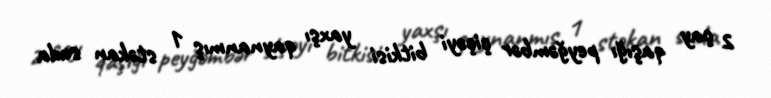
2 çay qaşığı peyğəmbər çiçəyi bitkisi yaxşı qaynanmış 1 stəkan suda